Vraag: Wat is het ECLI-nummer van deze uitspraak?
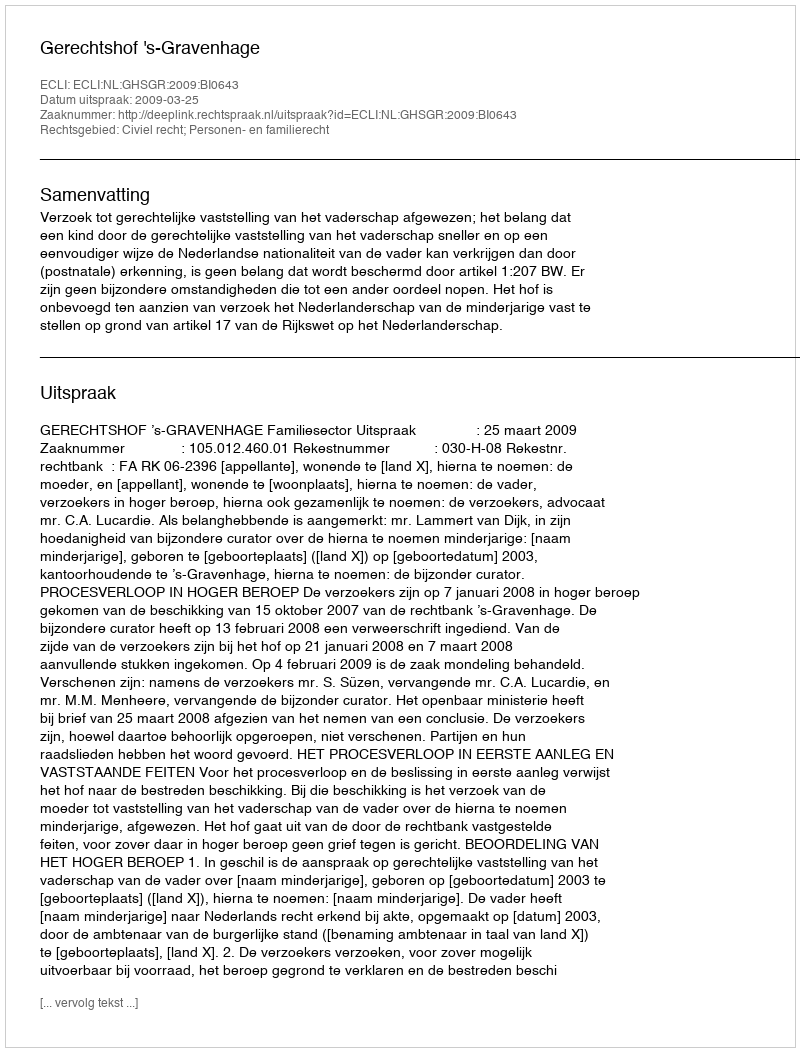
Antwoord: ECLI:NL:GHSGR:2009:BI0643